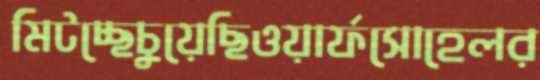
মিটচ্ছেচুয়েছিওয়ার্ফসোহেলর